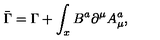
\bar { \Gamma } = \Gamma + \displaystyle \int _ { x } B ^ { a } { \partial } ^ { \mu } A _ { \mu } ^ { a } ,